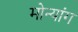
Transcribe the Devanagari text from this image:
मोन्यांग